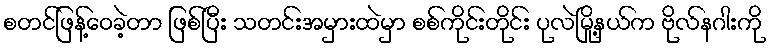
စတင်ဖြန့်ဝေခဲ့တာ ဖြစ်ပြီး သတင်းအမှားထဲမှာ စစ်ကိုင်းတိုင်း ပုလဲမြို့နယ်က ဗိုလ်နဂါးကို